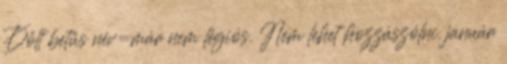
Dőlt betűs név=már nem légiós. Nem lehet hozzászólni. január